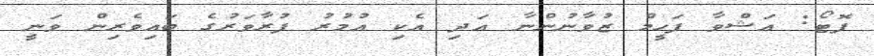
ފޮޓޯ: އަޝްވާ ފަހީމް ޒުވާނުންނާ އަދި އެކި އުމުރު ފުރާވަރުގެ ބައިވެރިން ވަނީ